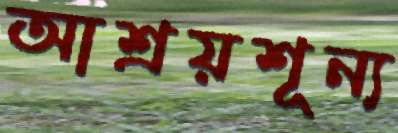
আশ্রয়শূন্য